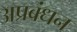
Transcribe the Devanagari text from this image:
अप्रबंधन